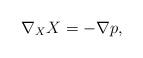
LaTeX: \begin{align*} \nabla_XX=-\nabla p,\end{align*}